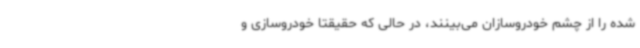
شده را از چشم خودروسازان می‌بینند، در حالی که حقیقتا خودروسازی و